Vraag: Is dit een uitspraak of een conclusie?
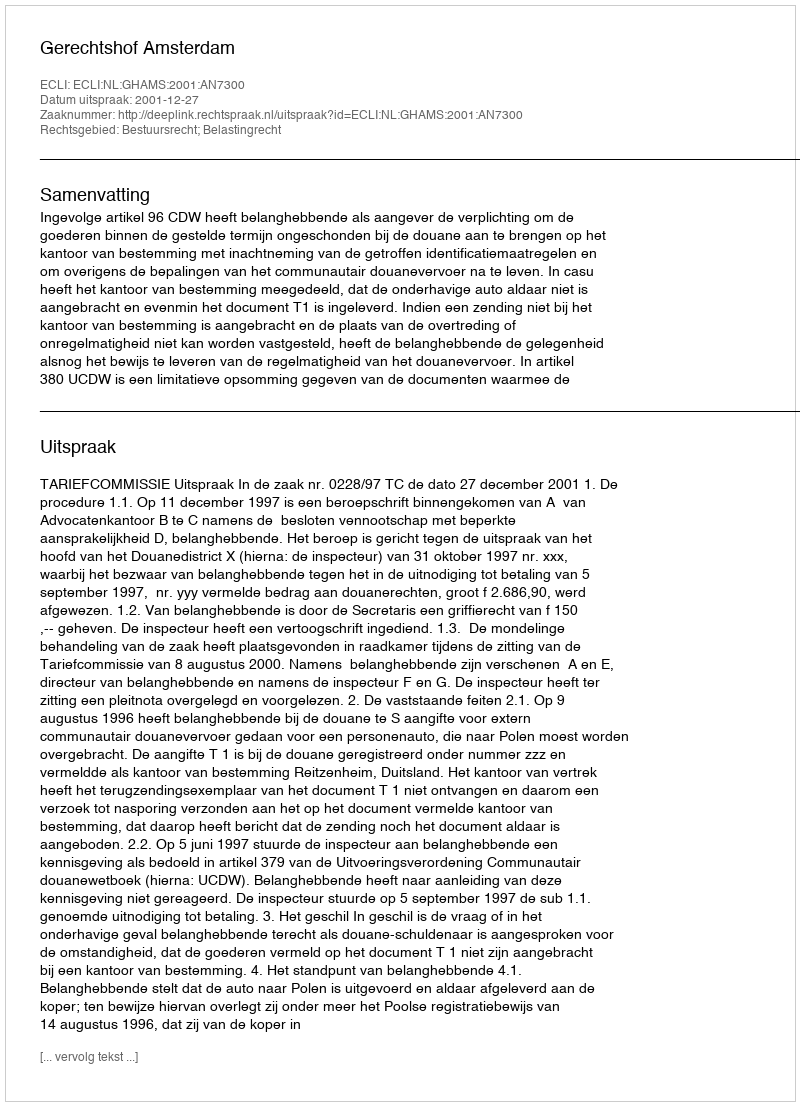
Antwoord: Uitspraak